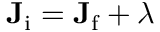
\mathbf { J } _ { \mathrm { i } } = \mathbf { J } _ { \mathrm { f } } + { \boldsymbol { \lambda } }